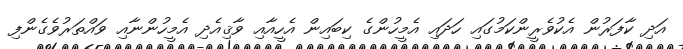
އަދި ކާފަރުން އެކުވެރީންކަމުގައި ހަދައި އެމީހުންގެ ކިބައިން އެހީއާއި ވާޤިއެދި އެމީހުންނާއި ވައްތަރުވެގެންފި